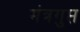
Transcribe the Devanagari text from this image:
मंत्रगुप्त